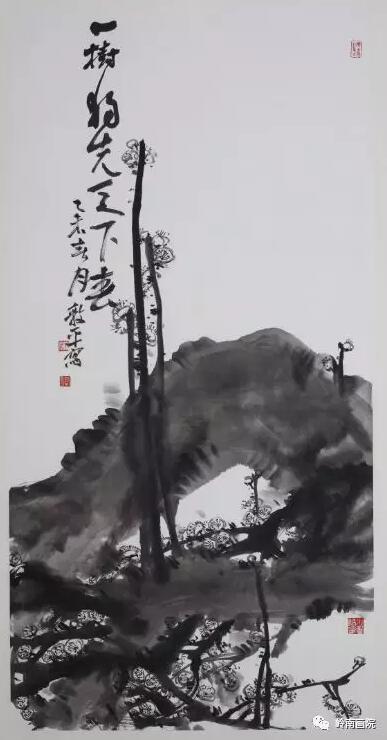
牛羊自归村巷，童稚不识衣冠。